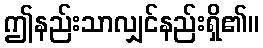
ဤနည်းသာလျှင်နည်းရှိ၏။